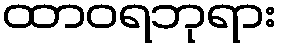
ထာဝရဘုရား